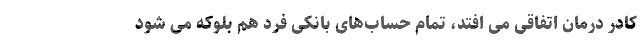
کادر درمان اتفاقی می افتد، تمام حساب‌های بانکی فرد هم بلوکه می شود